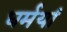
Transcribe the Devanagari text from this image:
धर्मयां